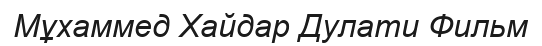
Мұхаммед Хайдар Дулати Фильм